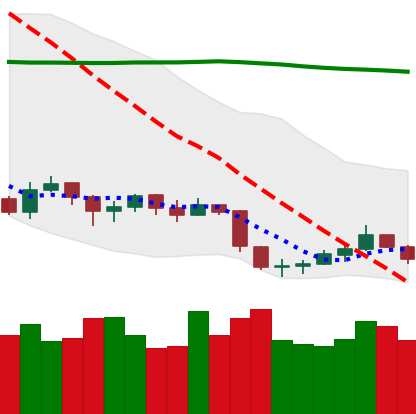
Ticker: LTC-USD
Chart end date: 2019-09-05
Forward return: 8.3%
Label: up_7plus